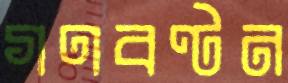
গণবণ্টন